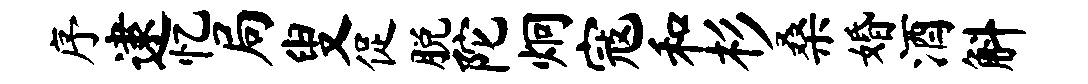
序逮忆局叟促脱陀炯寇和杉桑婚酒斛